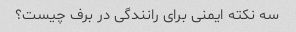
سه نکته ایمنی برای رانندگی در برف چیست؟